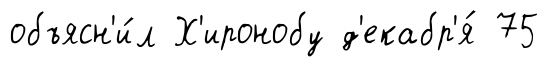
объясн'и́л Х'иронобу д'екабр'я́ 75